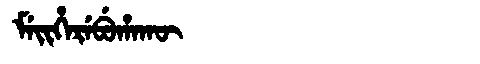
Manchu: ᠮᡝᡳᡥᡝᡵᡝᠪᡠᡥᠠᡴᡡ
Romanization: MEIHEREBUHAKŪ